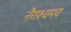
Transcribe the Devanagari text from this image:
नैराश्यमय